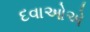
દવાઓએ